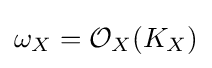
\omega _{X}={\mathcal {O}}_{X}(K_{X})